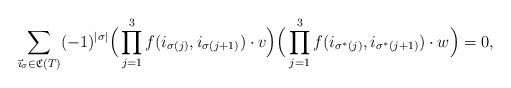
LaTeX: \begin{align*}\sum _{\vec\imath_{\sigma}\in \mathfrak C(T)} (-1)^{|\sigma|} \Big(\prod_{j=1}^{3}f(i_{\sigma(j)}, i_{\sigma(j+1)})\cdot v\Big)\Big(\prod_{j=1}^{3}f(i_{\sigma^{*}(j)}, i_{\sigma^{*}(j+1)})\cdot w\Big)=0,\end{align*}